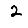
Digit: 2